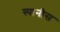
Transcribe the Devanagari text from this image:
स्पानीस